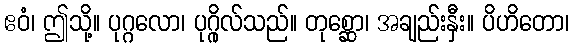
ဧဝံ၊ ဤသို့။ ပုဂ္ဂလော၊ ပုဂ္ဂိုလ်သည်။ တုစ္ဆော၊ အချည်းနှီး။ ပိဟိတော၊